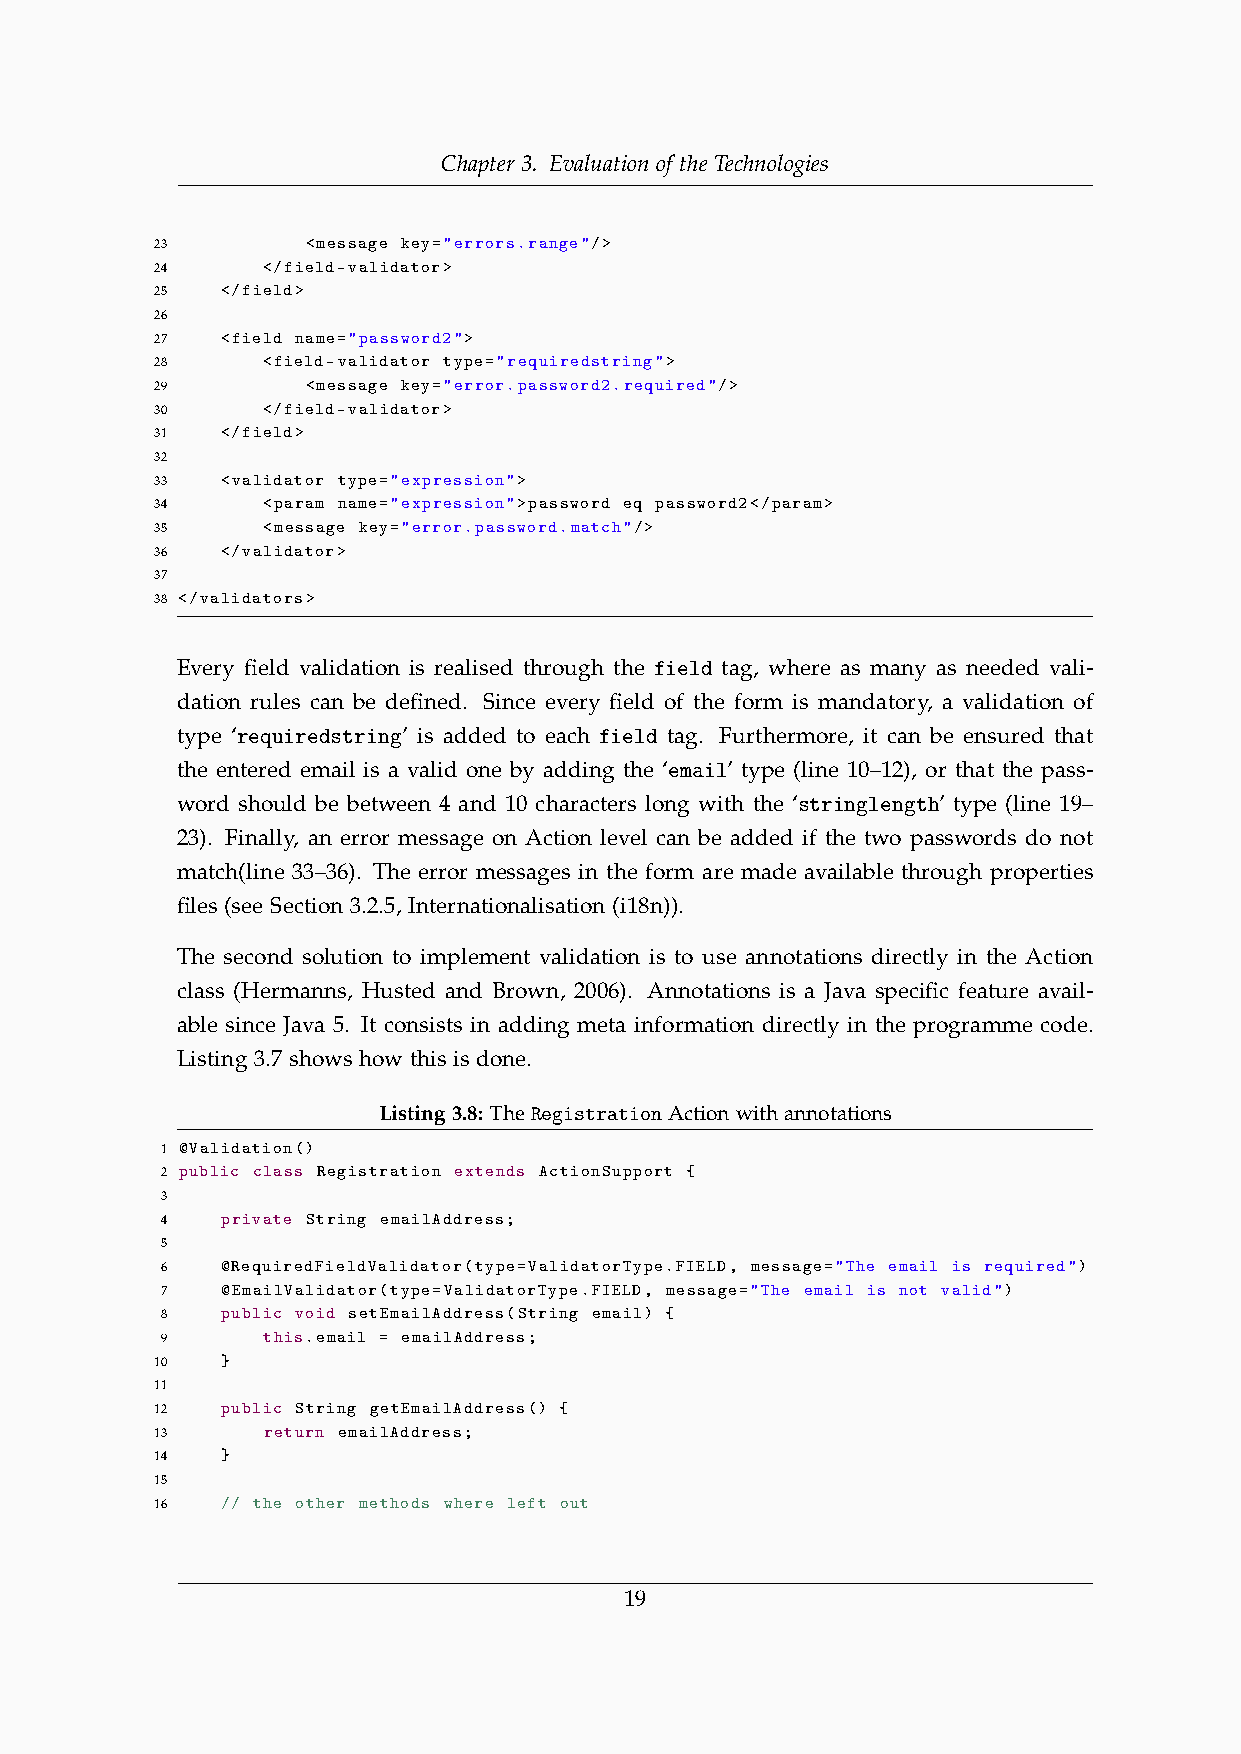
Chapter 3. Evaluation of the Technologies
 23        <message key="errors.range"/>
 24     </field-validator>
 25   </field>
 26
 27   <field name="password2">
 28     <field-validator type="requiredstring">
 29        <message key="error.password2.required"/>
 30     </field-validator>
 31   </field>
 32
 33   <validator type="expression">
 34     <param name="expression">password eq password2</param>
 35     <message key="error.password.match"/>
 36   </validator>
 37
 38 </validators>
 Every field validation is realised through the field tag, where as many as needed vali-
 dation rules can be defined. Since every field of the form is mandatory, a validation of
 type ‘requiredstring’ is added to each field tag. Furthermore, it can be ensured that
 the entered email is a valid one by adding the ‘email’ type (line 10–12), or that the pass-
 word should be between 4 and 10 characters long with the ‘stringlength’ type (line 19–
 23). Finally, an error message on Action level can be added if the two passwords do not
 match(line 33–36). The error messages in the form are made available through properties
 files (see Section 3.2.5, Internationalisation (i18n)).
 The second solution to implement validation is to use annotations directly in the Action
 class (Hermanns, Husted and Brown, 2006). Annotations is a Java specific feature avail-
 able since Java 5. It consists in adding meta information directly in the programme code.
 Listing 3.7 shows how this is done.
 Listing3.8: TheRegistrationActionwithannotations
 1 @Validation()
 2 public class Registration extends ActionSupport {
 3
 4   private String emailAddress;
 5
 6   @RequiredFieldValidator(type=ValidatorType.FIELD, message="The email is required")
 7   @EmailValidator(type=ValidatorType.FIELD, message="The email is not valid")
 8   public void setEmailAddress(String email) {
 9     this.email = emailAddress;
 10   }
 11
 12   public String getEmailAddress() {
 13     return emailAddress;
 14   }
 15
 16   // the other methods where left out
 19